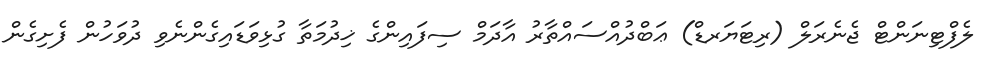
ލެފްޓިނަންޓް ޖެނެރަލް (ރިޓަޔަރޑް) ޢަބްދުއްސައްތާރު އާދަމް ސިފައިންގެ ޚިދުމަތާ ގުޅިވަޑައިގެންނެވި ދުވަހުން ފެށިގެން